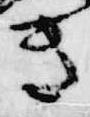
き